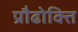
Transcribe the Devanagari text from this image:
प्रौढोक्ति